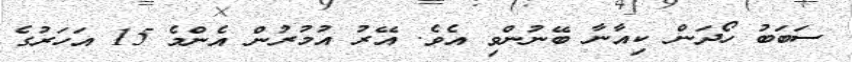
ސަބަބު ހޯދަން ކިއާނާ ބޭނުންވި އެވެ. އޭރު އުމުރުން އެންމެ 15 އަހަރުގެ